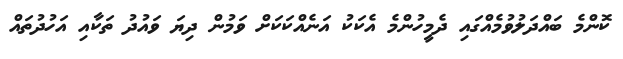
ކޮންމެ ބައްދަލުވުމެއްގައި ދެމީހުންމެ އެކަކު އަނެއްކަކަށް ވަމުން ދިޔަ ވައުދު ތަކާއި އަހުދުތައް